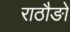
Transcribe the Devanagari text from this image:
राठौङो